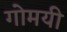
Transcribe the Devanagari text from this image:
गोमयी